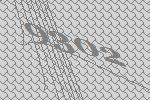
9302